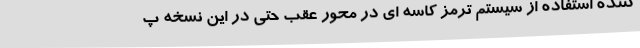
کننده استفاده از سیستم ترمز کاسه ای در محور عقب حتی در این نسخه پ